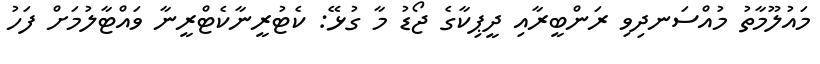
މައުލޫމާތު މުއްސަނދިވި ރަންބީރާއި ދީޕިކާގެ ޖޯޑު މާ ގުޅޭ: ކެޓުރީނާކެޓްރީނާ ވައްޓާލުމަށް ފަހު